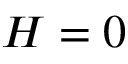
H = 0